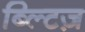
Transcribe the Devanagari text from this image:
ब्ल्टिज़